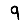
Digit: 9